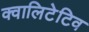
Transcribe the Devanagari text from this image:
क्वालिटेटिव